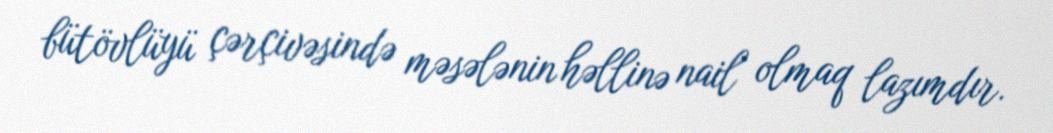
bütövlüyü çərçivəsində məsələnin həllinə nail olmaq lazımdır.